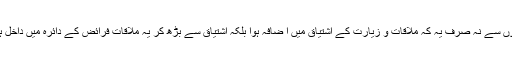
ان باتوں سے نہ صرف یہ کہ ملاقات و زیارت کے اشتیاق میں ا ضافہ ہوا بلکہ اشتیاق سے بڑھ کر یہ ملاقات فرائض کے دائرہ میں داخل ہوگئی۔